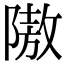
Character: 隞